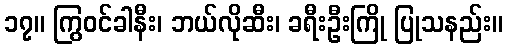
၁၇။ ကြွဝင်ခါနီး၊ ဘယ်လိုဆီး၊ ခရီးဦးကြို ပြုသနည်း။